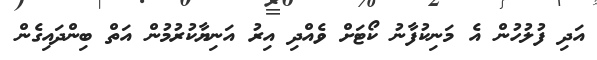
އަދި ފުލުހުން އެ މަނިކުފާނު ކޯޓަށް ވެއްދި އިރު އަނިޔާކުރުމުން އަތް ބިންދައިގެން